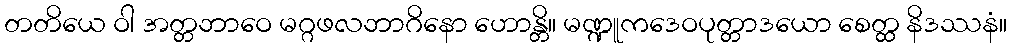
တတိယေ ဝါ အတ္တဘာဝေ မဂ္ဂဖလဘာဂိနော ဟောန္တိ။ မဏ္ဍူကဒေဝပုတ္တာဒယော စေတ္ထ နိဒဿနံ။